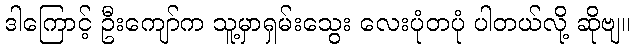
ဒါကြောင့် ဦးကျော်က သူ့မှာရှမ်းသွေး လေးပုံတပုံ ပါတယ်လို့ ဆိုဗျ။